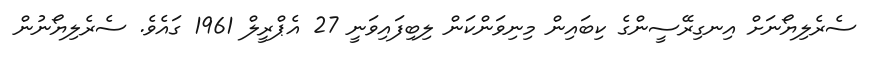
ސެރެލިޔޯނަށް އިނގިރޭސީންގެ ކިބައިން މިނިވަންކަން ލިބިފައިވަނީ 27 އެޕްރީލް 1961 ގައެވެ. ސެރެލިޔޯނުން